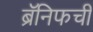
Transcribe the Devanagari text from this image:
ब्रॅनिफची